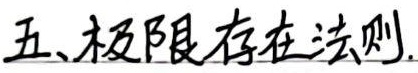
五、极限存在法则.